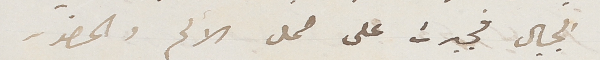
الجبال فجبرت على حمل الالم والحضور